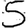
Digit: 5